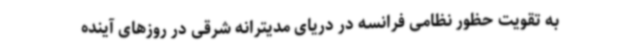
به تقویت حظور نظامی فرانسه در دریای مدیترانه شرقی در روزهای آینده